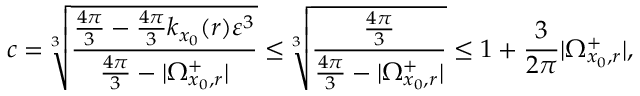
c = \sqrt [ 3 ] { \frac { \frac { 4 \pi } { 3 } - \frac { 4 \pi } { 3 } k _ { x _ { 0 } } ( r ) \varepsilon ^ { 3 } } { \frac { 4 \pi } { 3 } - | \Omega _ { x _ { 0 } , r } ^ { + } | } } \leq \sqrt [ 3 ] { \frac { \frac { 4 \pi } { 3 } } { \frac { 4 \pi } { 3 } - | \Omega _ { x _ { 0 } , r } ^ { + } | } } \leq 1 + \frac { 3 } { 2 \pi } | \Omega _ { x _ { 0 } , r } ^ { + } | ,